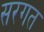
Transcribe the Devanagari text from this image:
सरगत